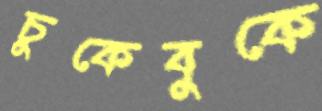
চুকেবুকে